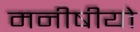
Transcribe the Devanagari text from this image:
मनीषीयो